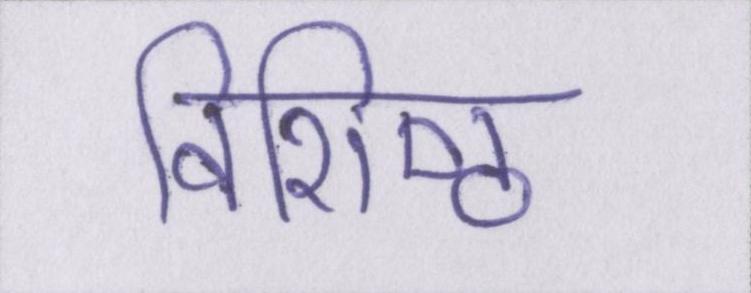
विशिष्ठ